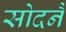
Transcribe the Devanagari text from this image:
सोदनै